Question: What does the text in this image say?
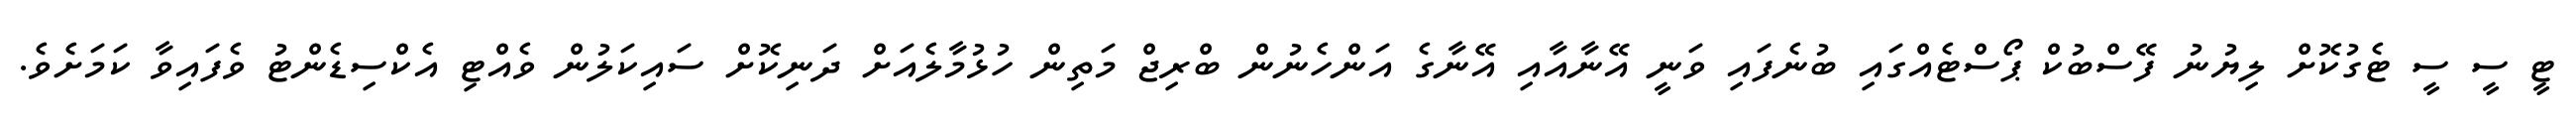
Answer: ޓީ ސީ ސީ ޓެގުކޮށް ލިޔުނު ފޭސްބުކް ޕޯސްޓެއްގައި ބުނެފައި ވަނީ އޭނާއާއި އޭނާގެ އަންހެނުން ބްރިޖް މަތިން ހުޅުމާލެއަށް ދަނިކޮށް ސައިކަލުން ވެއްޓި އެކްސިޑެންޓު ވެފައިވާ ކަމަށެވެ.